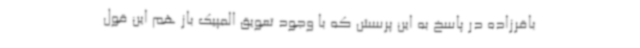
باقرزاده در پاسخ به این پرسش که با وجود تعویق المپیک باز هم این قول